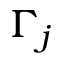
\Gamma _ { j }